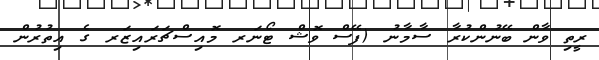
ރީތި ވާން ބޭނުންކުރާ ސާމާނު (ފޭސް ވޮޝް ޓޯނަރ މޮއިސްޗަރައިޒަރ ގެ އިތުރުން